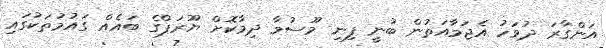
އަންގާރަ ދުވަހު އެޖަމާއަތުން ބުނީ ފިނި މޫސުމާ ދިމާކޮށް ޔޫރަޕްގެ ބައެއް ގައުމުތަކުގައި